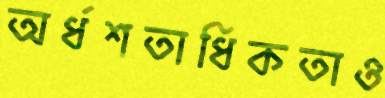
অর্ধশতাধিকতাও